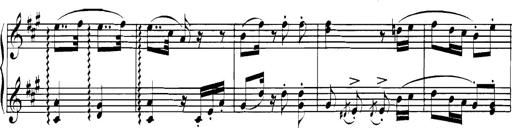
Title: Spinnerlied aus dem Fliegenden HollÃ¤nder
Composer: Franz Liszt